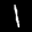
Label: 1